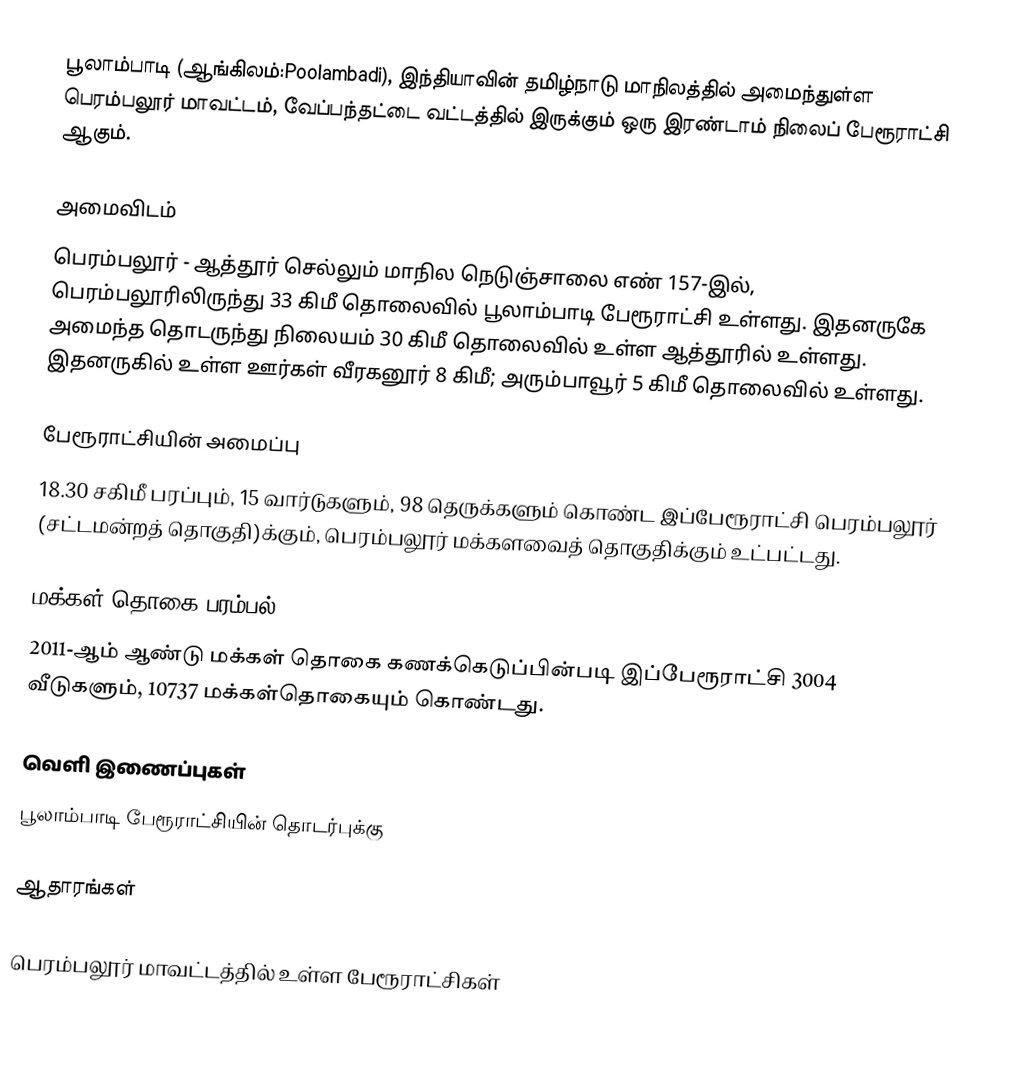
பூலாம்பாடி (ஆங்கிலம்:Poolambadi), இந்தியாவின் தமிழ்நாடு மாநிலத்தில் அமைந்துள்ள பெரம்பலூர் மாவட்டம், வேப்பந்தட்டை வட்டத்தில் இருக்கும் ஒரு இரண்டாம் நிலைப்   பேரூராட்சி ஆகும்.

அமைவிடம்
பெரம்பலூர்  -  ஆத்தூர்  செல்லும் மாநில நெடுஞ்சாலை எண் 157-இல்,  பெரம்பலூரிலிருந்து  33 கிமீ தொலைவில் பூலாம்பாடி பேரூராட்சி உள்ளது. இதனருகே அமைந்த தொடருந்து நிலையம் 30  கிமீ தொலைவில் உள்ள ஆத்தூரில் உள்ளது. இதனருகில் உள்ள ஊர்கள் வீரகனூர் 8 கிமீ; அரும்பாவூர் 5 கிமீ தொலைவில் உள்ளது.

பேரூராட்சியின் அமைப்பு
18.30 சகிமீ பரப்பும்,  15 வார்டுகளும்,    98  தெருக்களும்  கொண்ட இப்பேரூராட்சி   பெரம்பலூர் (சட்டமன்றத் தொகுதி)க்கும், பெரம்பலூர் மக்களவைத் தொகுதிக்கும் உட்பட்டது.

மக்கள் தொகை பரம்பல்
2011-ஆம் ஆண்டு மக்கள் தொகை கணக்கெடுப்பின்படி  இப்பேரூராட்சி 3004 வீடுகளும்,       10737 மக்கள்தொகையும் கொண்டது.

வெளி இணைப்புகள்
 பூலாம்பாடி பேரூராட்சியின் தொடர்புக்கு

ஆதாரங்கள்

பெரம்பலூர் மாவட்டத்தில் உள்ள பேரூராட்சிகள்